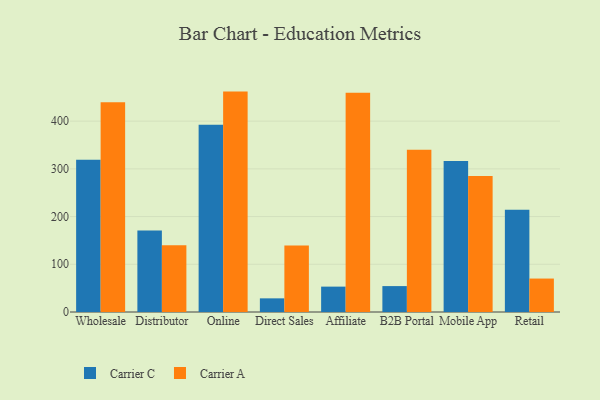
{"axis": {"x": "Channel", "y": "Page Views"}, "legend": ["Carrier A", "Carrier C"], "data": [{"x": "Wholesale", "y": 319.2, "type": "Carrier C"}, {"x": "Wholesale", "y": 439.8, "type": "Carrier A"}, {"x": "Distributor", "y": 170.8, "type": "Carrier C"}, {"x": "Distributor", "y": 139.9, "type": "Carrier A"}, {"x": "Online", "y": 392.4, "type": "Carrier C"}, {"x": "Online", "y": 461.9, "type": "Carrier A"}, {"x": "Direct Sales", "y": 28.6, "type": "Carrier C"}, {"x": "Direct Sales", "y": 139.6, "type": "Carrier A"}, {"x": "Affiliate", "y": 53.2, "type": "Carrier C"}, {"x": "Affiliate", "y": 459.5, "type": "Carrier A"}, {"x": "B2B Portal", "y": 54.3, "type": "Carrier C"}, {"x": "B2B Portal", "y": 340.1, "type": "Carrier A"}, {"x": "Mobile App", "y": 316.5, "type": "Carrier C"}, {"x": "Mobile App", "y": 284.8, "type": "Carrier A"}, {"x": "Retail", "y": 214.1, "type": "Carrier C"}, {"x": "Retail", "y": 70.1, "type": "Carrier A"}]}